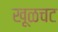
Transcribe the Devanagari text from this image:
खूळचट